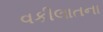
વકીલાતના